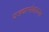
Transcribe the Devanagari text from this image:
यड्याभोकाच्या